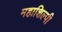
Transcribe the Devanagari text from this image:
महाशिल्पी